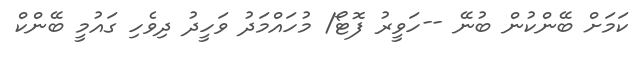
ކަމަށް ބޭންކުން ބުނޭ --ހަވީރު ފޮޓޯ/ މުހައްމަދު ވަހީދު ދިވެހި ގައުމީ ބޭންކް